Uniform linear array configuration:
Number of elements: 8
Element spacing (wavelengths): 1
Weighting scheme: blackman
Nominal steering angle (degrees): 0
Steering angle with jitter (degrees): -0.3703
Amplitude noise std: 0.05
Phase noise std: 0.05

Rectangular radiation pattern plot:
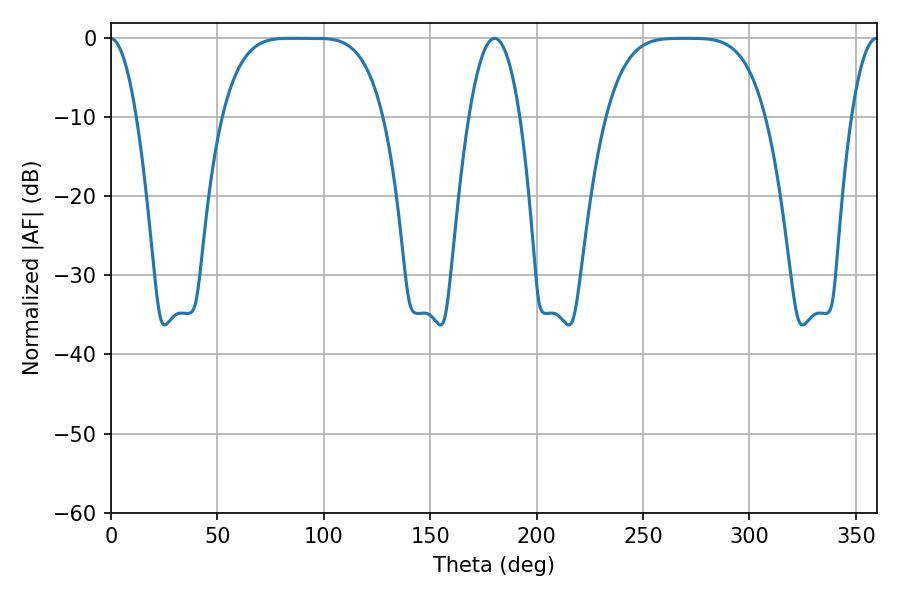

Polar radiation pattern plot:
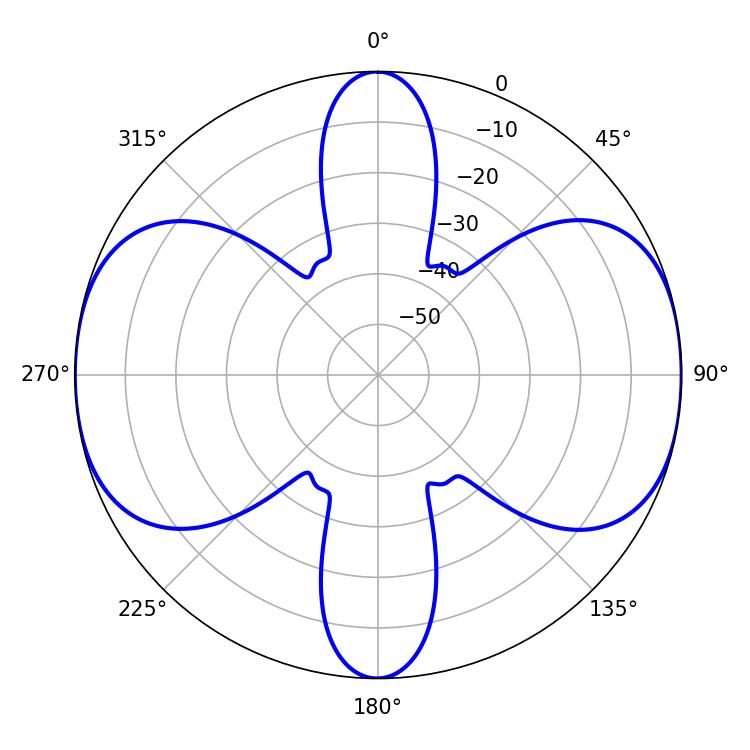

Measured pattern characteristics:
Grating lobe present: TRUE
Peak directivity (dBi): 18.315
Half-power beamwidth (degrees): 56.52
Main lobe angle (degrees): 84.6